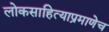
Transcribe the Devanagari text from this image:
लोकसाहित्याप्रमाणेच